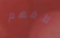
لأفهم